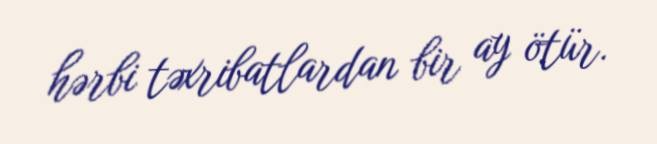
hərbi təxribatlardan bir ay ötür.